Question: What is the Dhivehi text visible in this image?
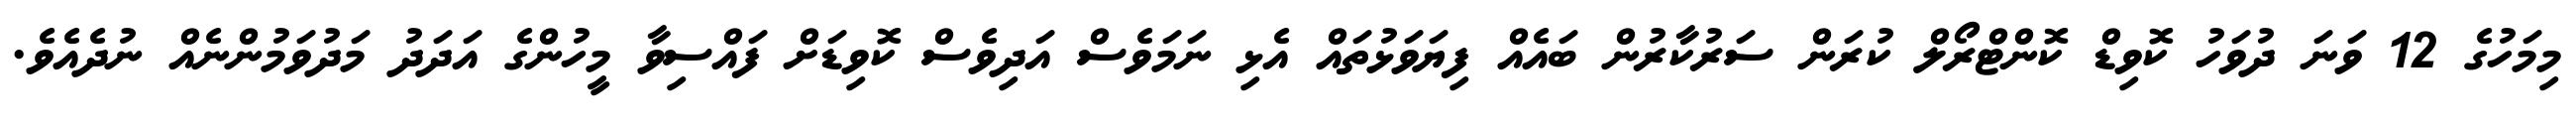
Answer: މިމަހުގެ 12 ވަނަ ދުވަހު ކޮވިޑް ކޮންޓްރޯލް ކުރަން ސަރުކާރުން ބައެއް ފިޔަވަޅުތައް އެޅި ނަމަވެސް އަދިވެސް ކޮވިޑަށް ފައްސިވާ މީހުންގެ އަދަދު މަދުވަމުންނެއް ނުދެއެވެ.